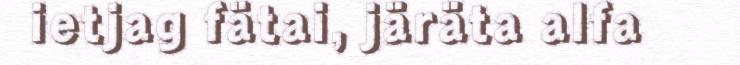
ietjag fätai, järäta alfa